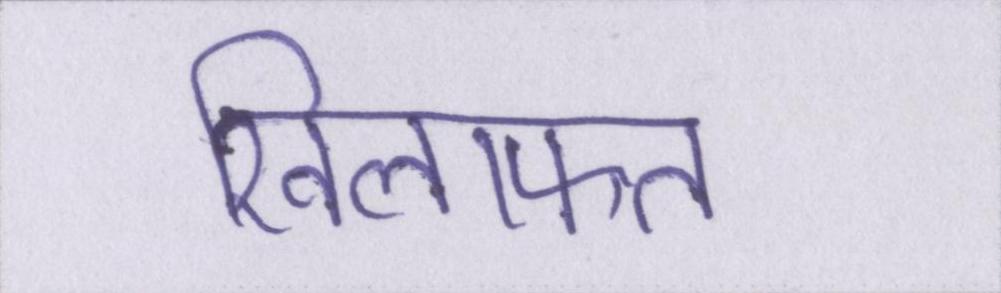
खिलाफत